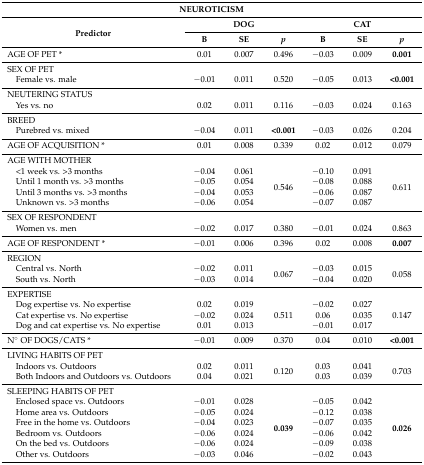
<table><thead><tr><td colspan="7"><b>NEUROTICISM</b></td></tr><tr><td rowspan="2"><b>Predictor</b></td><td colspan="3"><b>DOG</b></td><td colspan="3"><b>CAT</b></td></tr><tr><td><b>B</b></td><td><b>SE</b></td><td><b><i>p</i></b></td><td><b>B</b></td><td><b>SE</b></td><td><b><i>p</i></b></td></tr></thead><tbody><tr><td>AGE OF PET *</td><td>0.01</td><td>0.007</td><td>0.496</td><td>−0.03</td><td>0.009</td><td><b>0.001</b></td></tr><tr><td>SEX OF PET</td><td></td><td></td><td></td><td></td><td></td><td></td></tr><tr><td> Female vs. male</td><td>−0.01</td><td>0.011</td><td>0.520</td><td>−0.05</td><td>0.013</td><td><b>&lt;0.001</b></td></tr><tr><td>NEUTERING STATUS</td><td></td><td></td><td></td><td></td><td></td><td></td></tr><tr><td> Yes vs. no</td><td>0.02</td><td>0.011</td><td>0.116</td><td>−0.03</td><td>0.024</td><td>0.163</td></tr><tr><td>BREED</td><td></td><td></td><td></td><td></td><td></td><td></td></tr><tr><td> Purebred vs. mixed</td><td>−0.04</td><td>0.011</td><td><b>&lt;0.001</b></td><td>−0.03</td><td>0.026</td><td>0.204</td></tr><tr><td>AGE OF ACQUISITION *</td><td>0.01</td><td>0.008</td><td>0.339</td><td>0.02</td><td>0.012</td><td>0.079</td></tr><tr><td>AGE WITH MOTHER</td><td colspan="6"></td></tr><tr><td> &lt;1 week vs. &gt;3 months</td><td>−0.04</td><td>0.061</td><td rowspan="4">0.546</td><td>−0.10</td><td>0.091</td><td rowspan="4">0.611</td></tr><tr><td> Until 1 month vs. &gt;3 months</td><td>−0.05</td><td>0.054</td><td>−0.08</td><td>0.088</td></tr><tr><td> Until 3 months vs. &gt;3 months</td><td>−0.04</td><td>0.053</td><td>−0.06</td><td>0.087</td></tr><tr><td> Unknown vs. &gt;3 months</td><td>−0.06</td><td>0.054</td><td>−0.07</td><td>0.087</td></tr><tr><td>SEX OF RESPONDENT</td><td></td><td></td><td></td><td></td><td></td><td></td></tr><tr><td> Women vs. men</td><td>−0.02</td><td>0.017</td><td>0.380</td><td>−0.01</td><td>0.024</td><td>0.863</td></tr><tr><td>AGE OF RESPONDENT *</td><td>−0.01</td><td>0.006</td><td>0.396</td><td>0.02</td><td>0.008</td><td><b>0.007</b></td></tr><tr><td>REGION</td><td colspan="6"></td></tr><tr><td> Central vs. North</td><td>−0.02</td><td>0.011</td><td rowspan="2">0.067</td><td>−0.03</td><td>0.015</td><td rowspan="2">0.058</td></tr><tr><td> South vs. North</td><td>−0.03</td><td>0.014</td><td>−0.04</td><td>0.020</td></tr><tr><td>EXPERTISE</td><td colspan="6"></td></tr><tr><td> Dog expertise vs. No expertise</td><td>0.02</td><td>0.019</td><td rowspan="3">0.511</td><td>−0.02</td><td>0.027</td><td rowspan="3">0.147</td></tr><tr><td> Cat expertise vs. No expertise</td><td>−0.02</td><td>0.024</td><td>0.06</td><td>0.035</td></tr><tr><td> Dog and cat expertise vs. No expertise </td><td>0.01</td><td>0.013</td><td>−0.01</td><td>0.017</td></tr><tr><td>N° OF DOGS/CATS *</td><td>−0.01</td><td>0.009</td><td>0.370</td><td>0.04</td><td>0.010</td><td><b>&lt;0.001</b></td></tr><tr><td>LIVING HABITS OF PET</td><td colspan="6"></td></tr><tr><td> Indoors vs. Outdoors</td><td>0.02</td><td>0.011</td><td rowspan="2">0.120</td><td>0.03</td><td>0.041</td><td rowspan="2">0.703</td></tr><tr><td> Both Indoors and Outdoors vs. Outdoors</td><td>0.04</td><td>0.021</td><td>0.03</td><td>0.039</td></tr><tr><td>SLEEPING HABITS OF PET</td><td colspan="6"></td></tr><tr><td> Enclosed space vs. Outdoors</td><td>−0.01</td><td>0.028</td><td rowspan="6"><b>0.039</b></td><td>−0.05</td><td>0.042</td><td rowspan="6"><b>0.026</b></td></tr><tr><td> Home area vs. Outdoors</td><td>−0.05</td><td>0.024</td><td>−0.12</td><td>0.038</td></tr><tr><td> Free in the home vs. Outdoors</td><td>−0.04</td><td>0.023</td><td>−0.07</td><td>0.035</td></tr><tr><td> Bedroom vs. Outdoors</td><td>−0.06</td><td>0.024</td><td>−0.06</td><td>0.042</td></tr><tr><td> On the bed vs. Outdoors</td><td>−0.06</td><td>0.024</td><td>−0.09</td><td>0.038</td></tr><tr><td> Other vs. Outdoors</td><td>−0.03</td><td>0.046</td><td>−0.02</td><td>0.043</td></tr></tbody></table>